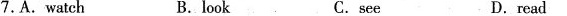
7.A.Watch B.look C.see D.read